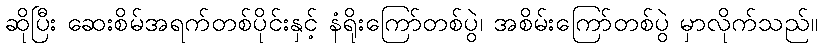
ဆိုပြီး ဆေးစိမ်အရက်တစ်ပိုင်းနှင့် နံရိုးကြော်တစ်ပွဲ၊ အစိမ်းကြော်တစ်ပွဲ မှာလိုက်သည်။